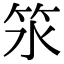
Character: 𥫸